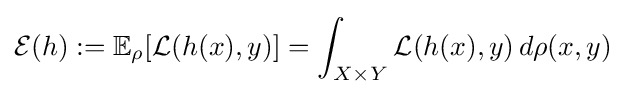
{\mathcal {E}}(h):=\mathbb {E} _{\rho }[{\mathcal {L}}(h(x),y)]=\int _{X\times Y}{\mathcal {L}}(h(x),y)\,d\rho (x,y)